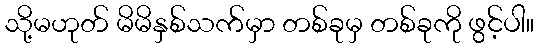
သို့မဟုတ် မိမိနှစ်သက်မှာ တစ်ခုမှ တစ်ခုကို ဖွင့်ပါ။